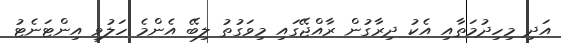
އަދި މިހިދުމަތާއި އެކު ދިރާގުން ރާއްޖޭގައި މިވަގުތު ލިބޭ އެންމެ ހަލުވި އިންޓަނެޓު